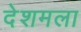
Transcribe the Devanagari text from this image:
देशमला